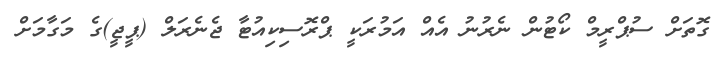
ގޮތަށް ސުޕްރީމް ކޯޓުން ނެރުނު އެއް އަމުރަކީ ޕްރޮސިކިއުޓާ ޖެނެރަލް (ޕީޖީ)ގެ މަގާމަށް